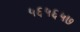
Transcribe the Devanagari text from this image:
५६५६५७